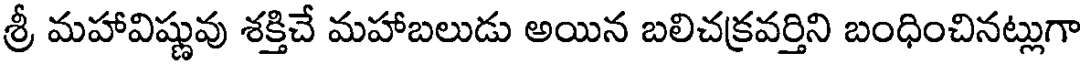
శ్రీ మహావిష్ణువు శక్తిచే మహాబలుడు అయిన బలిచక్రవర్తిని బంధించినట్లుగా